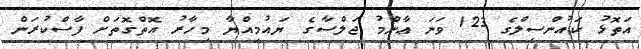
އަތޮޅު ކައުންސިލްގެ 123 ވަނަ ޢާންމު ޖަލްސާގެ ޔައުމިއްޔާ މިހާރު އޮތްގޮތަށް ފާސްކުރަން